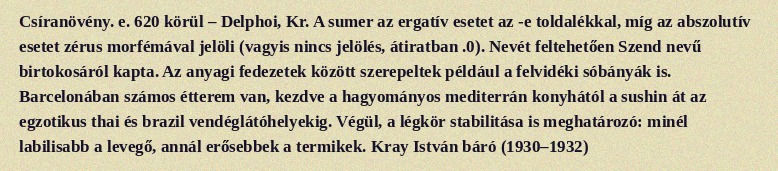
Csíranövény. e. 620 körül – Delphoi, Kr. A sumer az ergatív esetet az -e toldalékkal, míg az abszolutív esetet zérus morfémával jelöli (vagyis nincs jelölés, átiratban .0). Nevét feltehetően Szend nevű birtokosáról kapta. Az anyagi fedezetek között szerepeltek például a felvidéki sóbányák is. Barcelonában számos étterem van, kezdve a hagyományos mediterrán konyhától a sushin át az egzotikus thai és brazil vendéglátóhelyekig. Végül, a légkör stabilitása is meghatározó: minél labilisabb a levegő, annál erősebbek a termikek. Kray István báró (1930–1932)